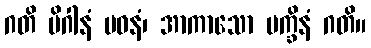
ဂတိ မိဂါနံ ပဝနံ၊ အာကာသော ပက္ခိနံ ဂတိ။